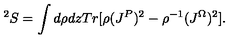
^ 2 S = \int d \rho d z T r [ \rho ( J ^ { P } ) ^ { 2 } - \rho ^ { - 1 } ( J ^ { \Omega } ) ^ { 2 } ] .